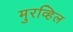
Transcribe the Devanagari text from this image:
मुरव्हिल